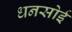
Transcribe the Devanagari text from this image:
धनसोई